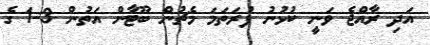
އަދި ރާއްޖެ ވަނީ ކުޅުނު ފުރަތަމަ މެޗުން ބޫޓާން އަތުން 3-1 ގެ